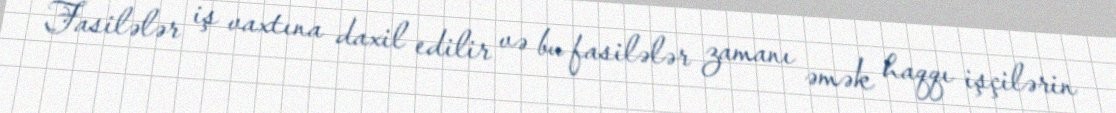
Fasilələr iş vaxtına daxil edilir və bu fasilələr zamanı əmək haqqı işçilərin